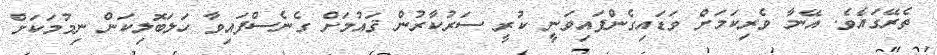
ތެރޭގައެވެ. އޭނާ ވެރިކަމަށް ވަޑައިގެންފައިވަނީ ކުރީ ސަރުކާރުން ޤައުމަށް ގެނެސްފައިވާ ހަލަބޮލިކަން ނިމުމަކަށް